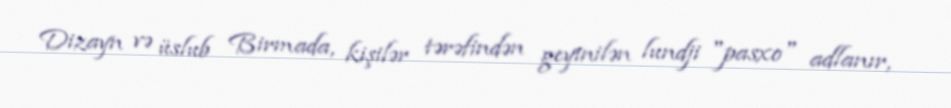
Dizayn və üslub Birmada, kişilər tərəfindən geyinilən lundji "pasxo" adlanır,